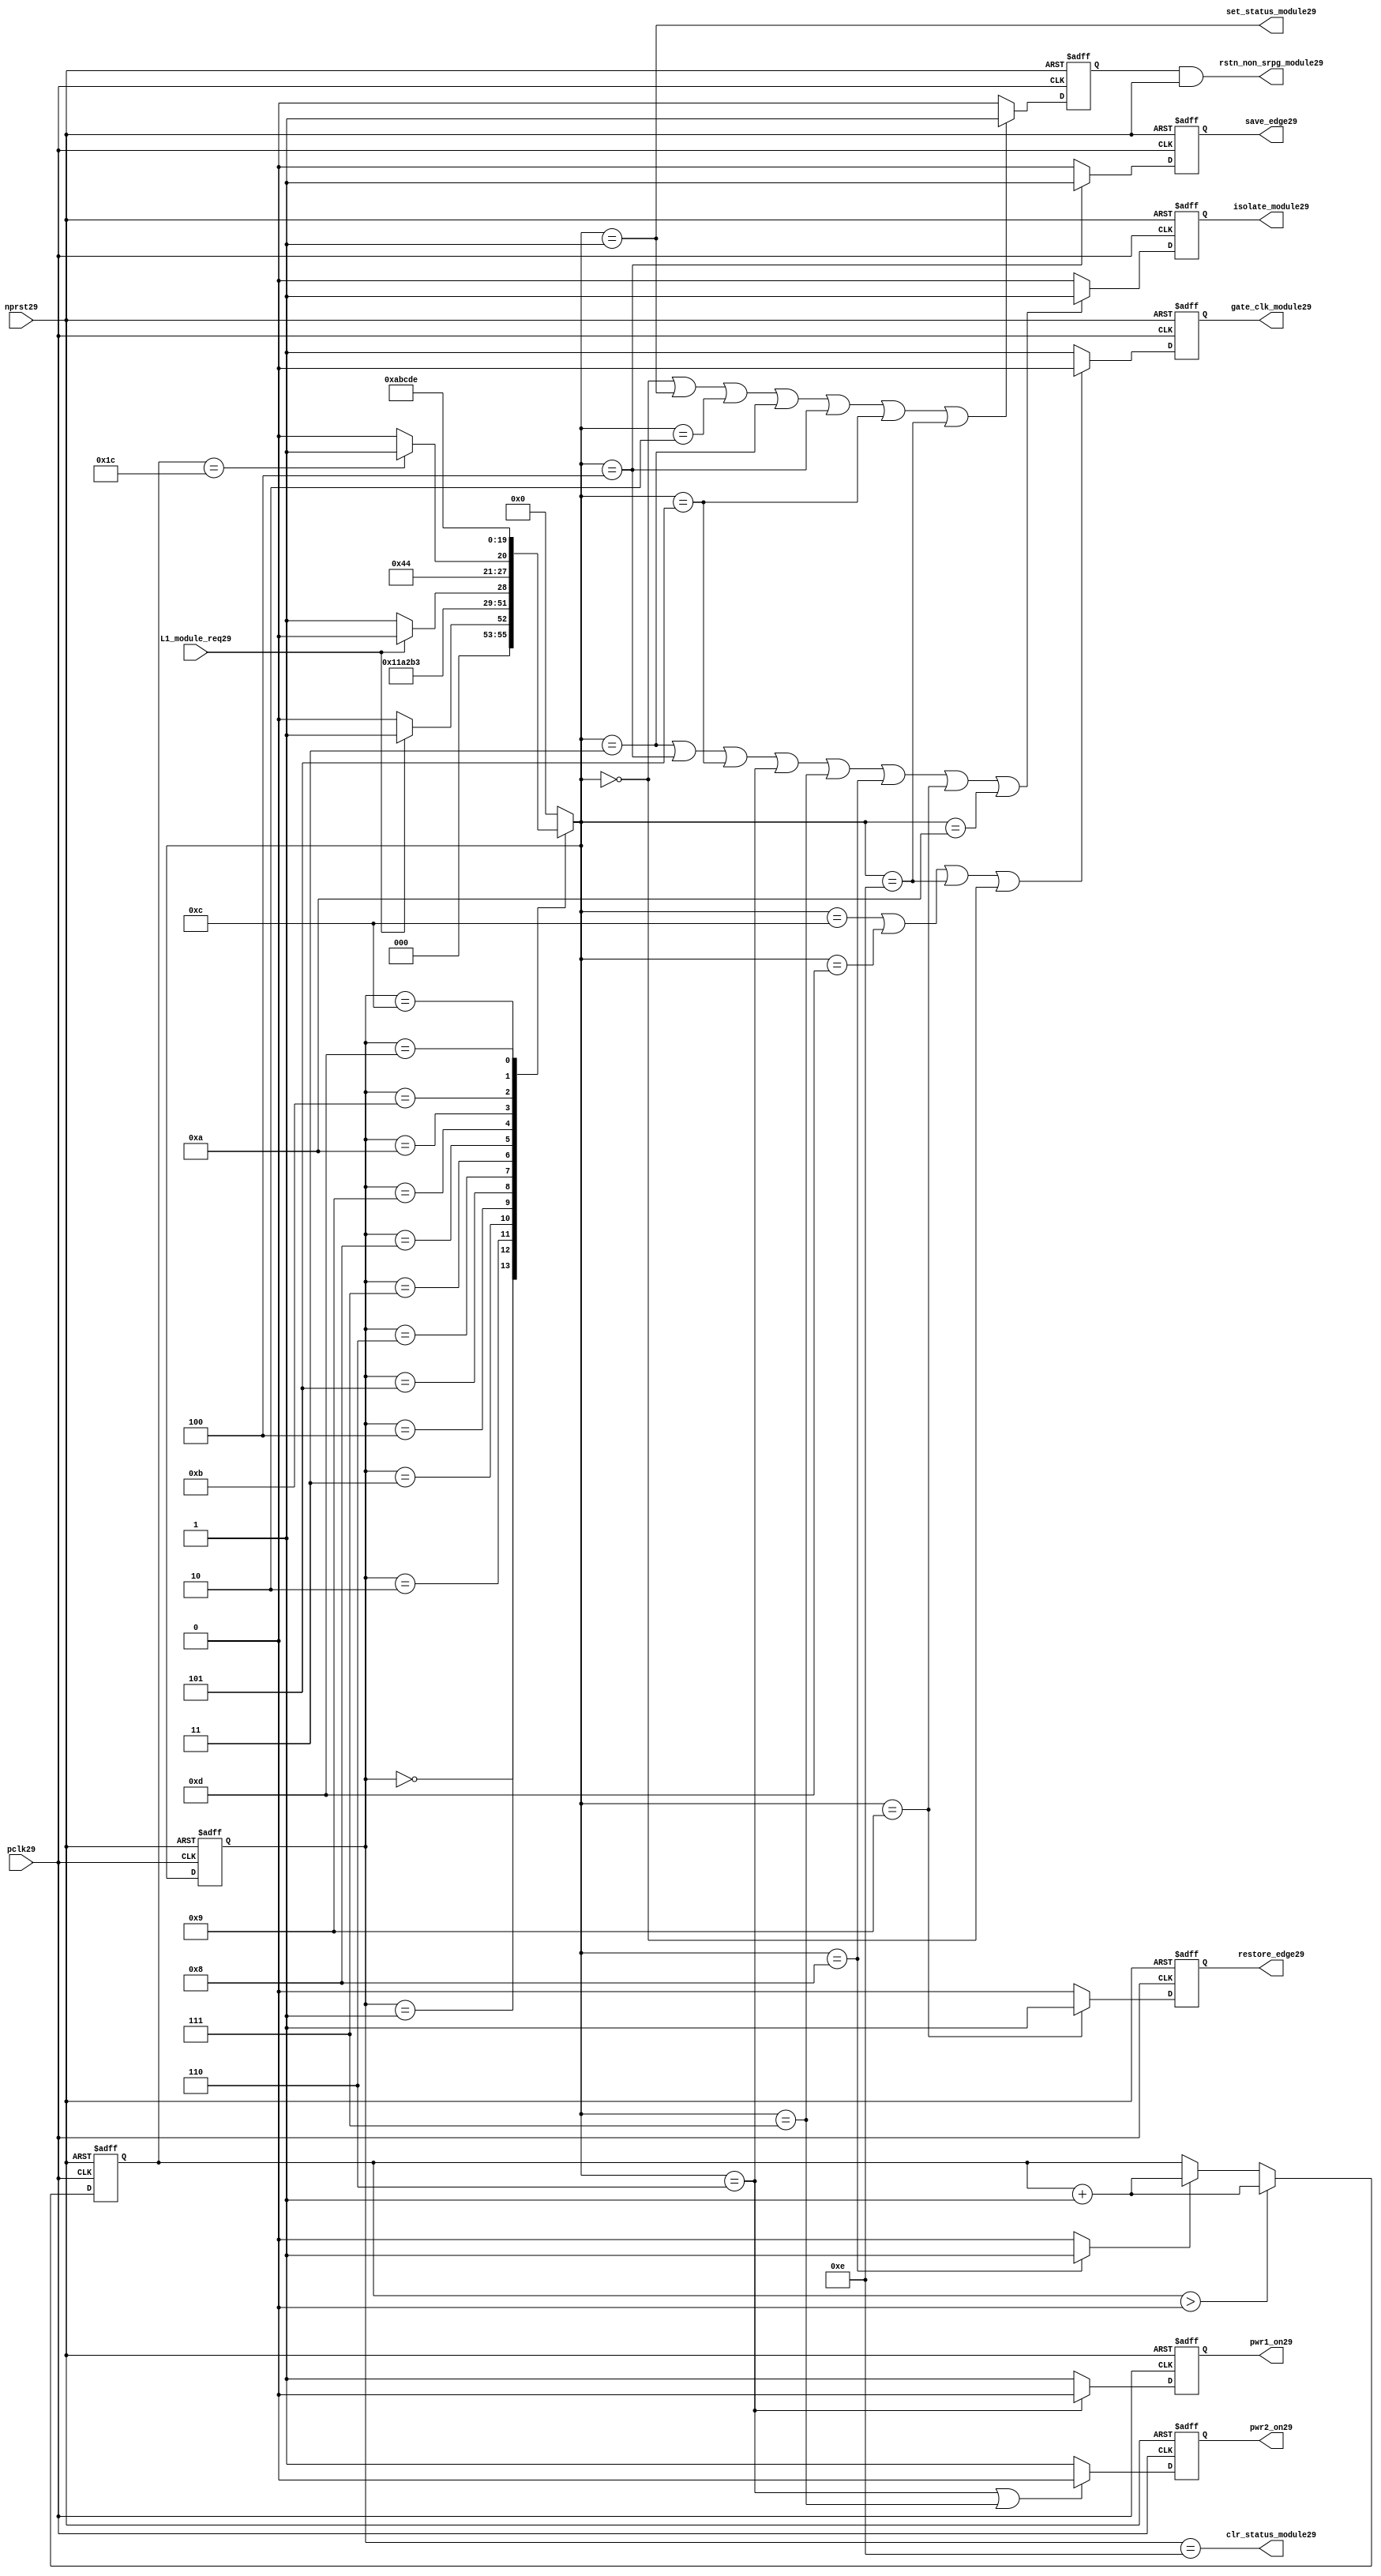
//File29 name   : power_ctrl_sm29.v
//Title29       : Power29 Controller29 state machine29
//Created29     : 1999
//Description29 : State29 machine29 of power29 controller29
//Notes29       : 
//----------------------------------------------------------------------
//   Copyright29 1999-2010 Cadence29 Design29 Systems29, Inc29.
//   All Rights29 Reserved29 Worldwide29
//
//   Licensed29 under the Apache29 License29, Version29 2.0 (the
//   "License29"); you may not use this file except29 in
//   compliance29 with the License29.  You may obtain29 a copy of
//   the License29 at
//
//       http29://www29.apache29.org29/licenses29/LICENSE29-2.0
//
//   Unless29 required29 by applicable29 law29 or agreed29 to in
//   writing, software29 distributed29 under the License29 is
//   distributed29 on an "AS29 IS29" BASIS29, WITHOUT29 WARRANTIES29 OR29
//   CONDITIONS29 OF29 ANY29 KIND29, either29 express29 or implied29.  See
//   the License29 for the specific29 language29 governing29
//   permissions29 and limitations29 under the License29.
//----------------------------------------------------------------------
module power_ctrl_sm29 (

    // Clocks29 & Reset29
    pclk29,
    nprst29,

    // Register Control29 inputs29
    L1_module_req29,
    set_status_module29,
    clr_status_module29,

    // Module29 control29 outputs29
    rstn_non_srpg_module29,
    gate_clk_module29,
    isolate_module29,
    save_edge29,
    restore_edge29,
    pwr1_on29,
    pwr2_on29

);

input    pclk29;
input    nprst29;

input    L1_module_req29;
output   set_status_module29;
output   clr_status_module29;
    
output   rstn_non_srpg_module29;
output   gate_clk_module29;
output   isolate_module29;
output   pwr1_on29;
output   pwr2_on29;
output save_edge29;
output restore_edge29;

wire    set_status_module29;
wire    clr_status_module29;

wire    rstn_non_srpg_module29;
reg     gate_clk_module29;
reg     isolate_module29;
reg     pwr1_on29;
reg     pwr2_on29;

reg save_edge29;

reg restore_edge29;
   
// FSM29 state
reg  [3:0] currentState29, nextState29;
reg     rstn_non_srpg29;
reg [4:0] trans_cnt29;

parameter Init29 = 0; 
parameter Clk_off29 = 1; 
parameter Wait129 = 2; 
parameter Isolate29 = 3; 
parameter Save_edge29 = 4; 
parameter Pre_pwr_off29 = 5; 
parameter Pwr_off29 = 6; 
parameter Pwr_on129 = 7; 
parameter Pwr_on229 = 8; 
parameter Restore_edge29 = 9; 
parameter Wait229 = 10; 
parameter De_isolate29 = 11; 
parameter Clk_on29 = 12; 
parameter Wait329 = 13; 
parameter Rst_clr29 = 14;


// Power29 Shut29 Off29 State29 Machine29

// FSM29 combinational29 process
always @  (*)
  begin
    case (currentState29)

      // Commence29 PSO29 once29 the L129 req bit is set.
      Init29:
        if (L1_module_req29 == 1'b1)
          nextState29 = Clk_off29;         // Gate29 the module's clocks29 off29
        else
          nextState29 = Init29;            // Keep29 waiting29 in Init29 state
        
      Clk_off29 :
        nextState29 = Wait129;             // Wait29 for one cycle
 
      Wait129  :                         // Wait29 for clk29 gating29 to take29 effect
        nextState29 = Isolate29;           // Start29 the isolation29 process
          
      Isolate29 :
        nextState29 = Save_edge29;
        
      Save_edge29 :
        nextState29 = Pre_pwr_off29;

      Pre_pwr_off29 :
        nextState29 = Pwr_off29;
      // Exit29 PSO29 once29 the L129 req bit is clear.

      Pwr_off29 :
        if (L1_module_req29 == 1'b0)
          nextState29 = Pwr_on129;         // Resume29 power29 if the L1_module_req29 bit is cleared29
        else
          nextState29 = Pwr_off29;         // Wait29 until the L1_module_req29 bit is cleared29
        
      Pwr_on129 :
        nextState29 = Pwr_on229;
          
      Pwr_on229 :
        if(trans_cnt29 == 5'd28)
          nextState29 = Restore_edge29;
        else 
          nextState29 = Pwr_on229;
          
      Restore_edge29 :
        nextState29 = Wait229;

      Wait229 :
        nextState29 = De_isolate29;
          
      De_isolate29 :
        nextState29 = Clk_on29;
          
      Clk_on29 :
        nextState29 = Wait329;
          
      Wait329  :                         // Wait29 for clock29 to resume
        nextState29 = Rst_clr29 ;     
 
      Rst_clr29 :
        nextState29 = Init29;
        
      default  :                       // Catch29 all
        nextState29 = Init29; 
        
    endcase
  end


  // Signals29 Sequential29 process - gate_clk_module29
always @ (posedge pclk29 or negedge nprst29)
  begin
    if (~nprst29)
      gate_clk_module29 <= 1'b0;
    else 
      if (nextState29 == Clk_on29 | nextState29 == Wait329 | nextState29 == Rst_clr29 | 
          nextState29 == Init29)
          gate_clk_module29 <= 1'b0;
      else
          gate_clk_module29 <= 1'b1;
  end

// Signals29 Sequential29 process - rstn_non_srpg29
always @ (posedge pclk29 or negedge nprst29)
  begin
    if (~nprst29)
      rstn_non_srpg29 <= 1'b0;
    else
      if ( nextState29 == Init29 | nextState29 == Clk_off29 | nextState29 == Wait129 | 
           nextState29 == Isolate29 | nextState29 == Save_edge29 | nextState29 == Pre_pwr_off29 | nextState29 == Rst_clr29)
        rstn_non_srpg29 <= 1'b1;
      else
        rstn_non_srpg29 <= 1'b0;
   end


// Signals29 Sequential29 process - pwr1_on29 & pwr2_on29
always @ (posedge pclk29 or negedge nprst29)
  begin
    if (~nprst29)
      pwr1_on29 <=  1'b1;  // power29 gates29 1 & 2 are on
    else
      if (nextState29 == Pwr_off29 )
        pwr1_on29 <= 1'b0;  // shut29 off29 both power29 gates29 1 & 2
      else
        pwr1_on29 <= 1'b1;
  end


// Signals29 Sequential29 process - pwr1_on29 & pwr2_on29
always @ (posedge pclk29 or negedge nprst29)
  begin
    if (~nprst29)
       pwr2_on29 <= 1'b1;      // power29 gates29 1 & 2 are on
    else
      if (nextState29 == Pwr_off29 | nextState29 == Pwr_on129)
        pwr2_on29 <= 1'b0;     // shut29 off29 both power29 gates29 1 & 2
      else
        pwr2_on29 <= 1'b1;
   end


// Signals29 Sequential29 process - isolate_module29 
always @ (posedge pclk29 or negedge nprst29)
  begin
    if (~nprst29)
        isolate_module29 <= 1'b0;
    else
      if (nextState29 == Isolate29 | nextState29 == Save_edge29 | nextState29 == Pre_pwr_off29 |  nextState29 == Pwr_off29 | nextState29 == Pwr_on129 |
          nextState29 == Pwr_on229 | nextState29 == Restore_edge29 | nextState29 == Wait229)
         isolate_module29 <= 1'b1;       // Activate29 the isolate29 and retain29 signals29
      else
         isolate_module29 <= 1'b0;        
   end    

// enabling save edge
always @ (posedge pclk29 or negedge nprst29)
  begin
    if (~nprst29)
        save_edge29 <= 1'b0;
    else
      if (nextState29 == Save_edge29 )
         save_edge29 <= 1'b1;       // Activate29 the isolate29 and retain29 signals29
      else
         save_edge29 <= 1'b0;        
   end    
// stabilising29 count
wire restore_change29;
assign restore_change29 = (nextState29 == Pwr_on229) ? 1'b1: 1'b0;

always @ (posedge pclk29 or negedge nprst29)
  begin
    if (~nprst29)
      trans_cnt29 <= 0;
    else if (trans_cnt29 > 0)
      trans_cnt29  <= trans_cnt29 + 1;
    else if (restore_change29)
      trans_cnt29  <= trans_cnt29 + 1;
  end

// enabling restore29 edge
always @ (posedge pclk29 or negedge nprst29)
  begin
    if (~nprst29)
        restore_edge29 <= 1'b0;
    else
      if (nextState29 == Restore_edge29)
         restore_edge29 <= 1'b1;       // Activate29 the isolate29 and retain29 signals29
      else
         restore_edge29 <= 1'b0;        
   end    


// FSM29 Sequential29 process
always @ (posedge pclk29 or negedge nprst29)
  begin
    if (~nprst29)
      currentState29 <= Init29;
    else
      currentState29 <= nextState29;
  end


// Reset29 for non-SRPG29 FFs29 is a combination29 of the nprst29 and the reset during PSO29
assign  rstn_non_srpg_module29 = rstn_non_srpg29 & nprst29;

assign  set_status_module29 = (nextState29 == Clk_off29);    // Set the L129 status bit  
assign  clr_status_module29 = (currentState29 == Rst_clr29); // Clear the L129 status bit  
  

`ifdef LP_ABV_ON29

// psl29 default clock29 = (posedge pclk29);

// Never29 have the set and clear status signals29 both set
// psl29 output_no_set_and_clear29 : assert never {set_status_module29 & clr_status_module29};



// Isolate29 signal29 should become29 active on the 
// Next29 clock29 after Gate29 signal29 is activated29
// psl29 output_pd_seq29:
//    assert always
//	  {rose29(gate_clk_module29)} |=> {[*1]; {rose29(isolate_module29)} }
//    abort29(~nprst29);
//
//
//
// Reset29 signal29 for Non29-SRPG29 FFs29 and POWER29 signal29 for
// SMC29 should become29 LOW29 on clock29 cycle after Isolate29 
// signal29 is activated29
// psl29 output_pd_seq_stg_229:
//    assert always
//    {rose29(isolate_module29)} |=>
//    {[*2]; {{fell29(rstn_non_srpg_module29)} && {fell29(pwr1_on29)}} }
//    abort29(~nprst29);
//
//
// Whenever29 pwr1_on29 goes29 to LOW29 pwr2_on29 should also go29 to LOW29
// psl29 output_pwr2_low29:
//    assert always
//    { fell29(pwr1_on29) } |->  { fell29(pwr2_on29) }
//    abort29(~nprst29);
//
//
// Whenever29 pwr1_on29 becomes HIGH29 , On29 Next29 clock29 cycle pwr2_on29
// should also become29 HIGH29
// psl29 output_pwr2_high29:
//    assert always
//    { rose29(pwr1_on29) } |=>  { (pwr2_on29) }
//    abort29(~nprst29);
//
`endif


endmodule